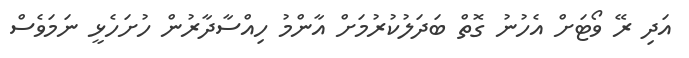
އަދި ރޭ ވޯޓަށް އެހުނު ގޮތް ބަދަލުކުރުމަށް އާންމު ހިއްސާދާރުން ހުށަހެޅީ ނަމަވެސް